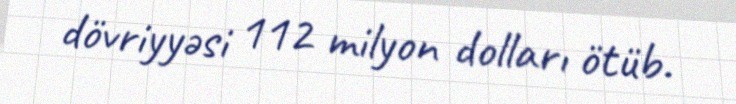
dövriyyəsi 112 milyon dolları ötüb.